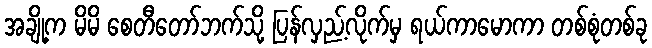
အချို့က မိမိ စေတီတော်ဘက်သို့ ပြန်လှည့်လိုက်မှ ရယ်ကာမောကာ တစ်စုံတစ်ခု